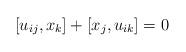
LaTeX: \begin{align*}[u_{ij},x_k]+[x_j,u_{ik}]=0\end{align*}